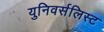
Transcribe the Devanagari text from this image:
युनिवर्सलिस्ट